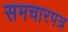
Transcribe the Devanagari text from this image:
समचारपत्र